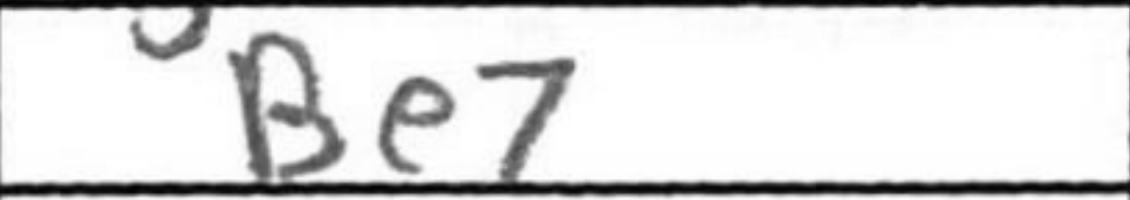
Transcription: Be7